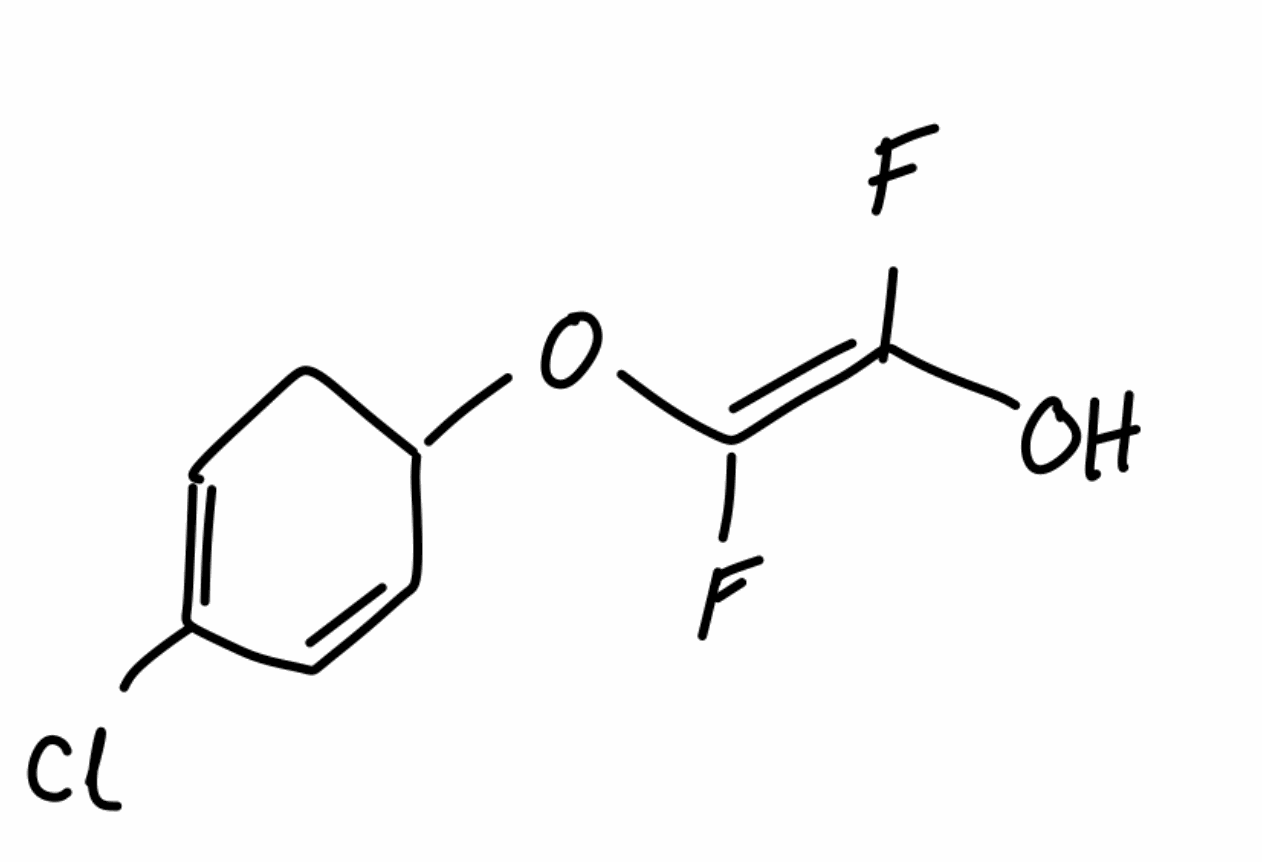
Simplified molecular-input line-entry system (SMILES) notation of the given molecule:
C1C=C(C=CC1O/C(=C(/O)\F)/F)Cl